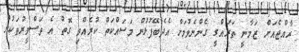
ރާއްޖެއަށް ޒަމާނީ ތަރައްގީ ގެންނެވުމަށް އެދެބޭފުޅުން މަސައްކަތް ކުރެއްވި ގޮތް އެ ތަސްވީރުތަކުން